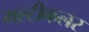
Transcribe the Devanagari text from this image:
मल्टीकलर